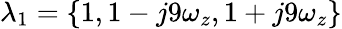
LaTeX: \lambda_{1}=\left\{ 1,1-j9\omega_{z},1+j9\omega_{z}\right\}